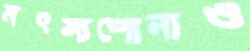
মৎস্যপোনাও